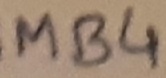
Text: MB4